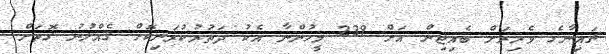
ޗައިނާގެ ވެރިރަށް ބެއިޖިން އަށް 239 މީހުންނާ އެކު ދަތުރުކުރަނިކޮށް ގެއްލުނު ގޮތަށް